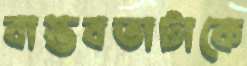
বাস্তবতাটাকে